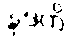
နုဒတိ